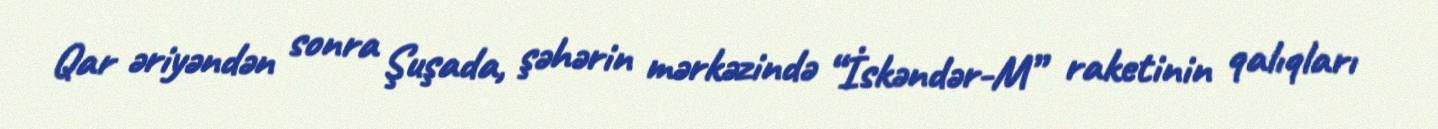
Qar əriyəndən sonra Şuşada, şəhərin mərkəzində “İskəndər-M” raketinin qalıqları